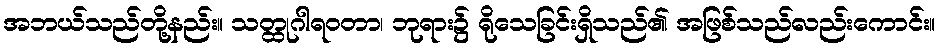
အဘယ်သည်တို့နည်း။ သတ္ထုဂါရဝတာ၊ ဘုရား၌ ရိုသေခြင်းရှိသည်၏ အဖြစ်သည်လည်းကောင်း။